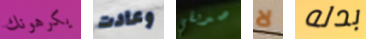
يكرهونك وعادت صديقي لا بدله